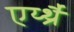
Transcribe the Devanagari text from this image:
एर्य्थ्रैँ